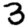
Digit: 3